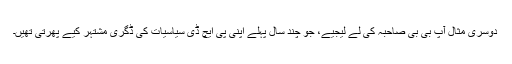
دوسری مثال آپ بی بی صاحبہ کی لے لیجیے، جو چند سال پہلے اپنی پی ایچ ڈی سیاسیات کی ڈگری مشتہر کیے پھرتی تھیں۔